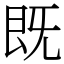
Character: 既